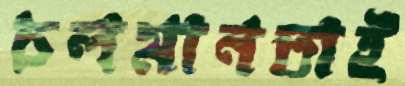
চলমানতাই